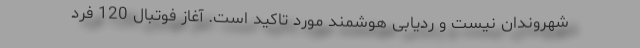
شهروندان نیست و ردیابی هوشمند مورد تاکید است. آغاز فوتبال 120 فرد